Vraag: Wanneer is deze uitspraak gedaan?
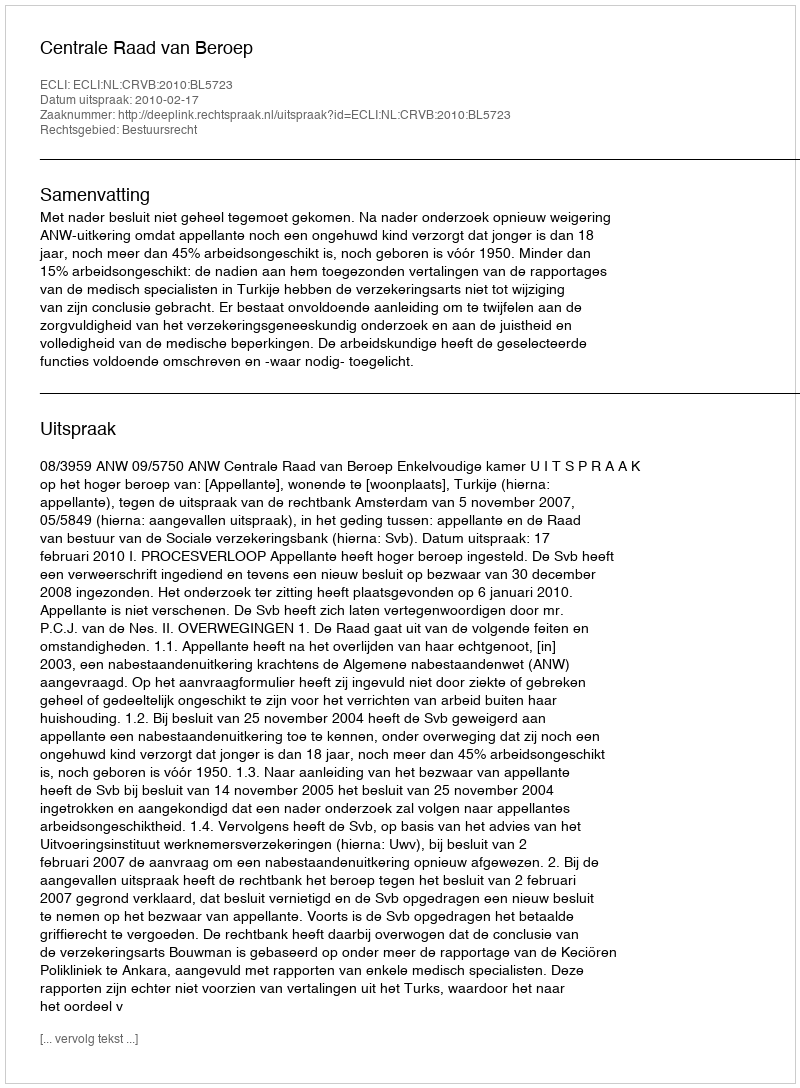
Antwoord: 2010-02-17